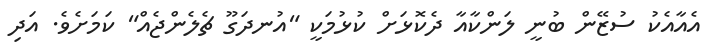
އެއާއެކު ސުޒޭން ބުނީ ލަންކާއާ ދެކޮޅަށް ކުޅުމަކީ "އުނދަގޫ ޗެލެންޖެއް" ކަމަށެވެ. އަދި